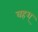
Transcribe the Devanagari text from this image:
वहश्